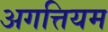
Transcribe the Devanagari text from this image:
अगत्तियम